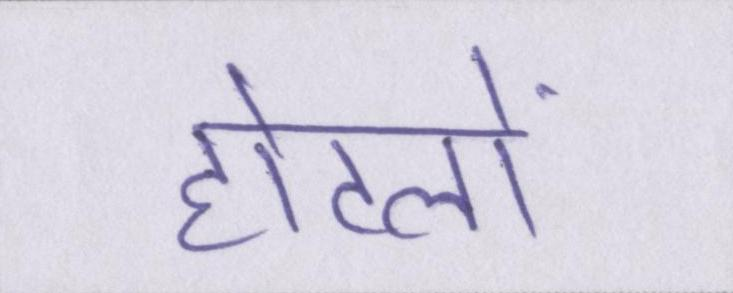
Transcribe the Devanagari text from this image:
होटलों